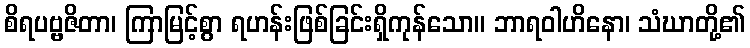
စိရပဗ္ဗဇိတာ၊ ကြာမြင့်စွာ ရဟန်းဖြစ်ခြင်းရှိကုန်သော။ ဘာရဝါဟိနော၊ သံဃာတို့၏